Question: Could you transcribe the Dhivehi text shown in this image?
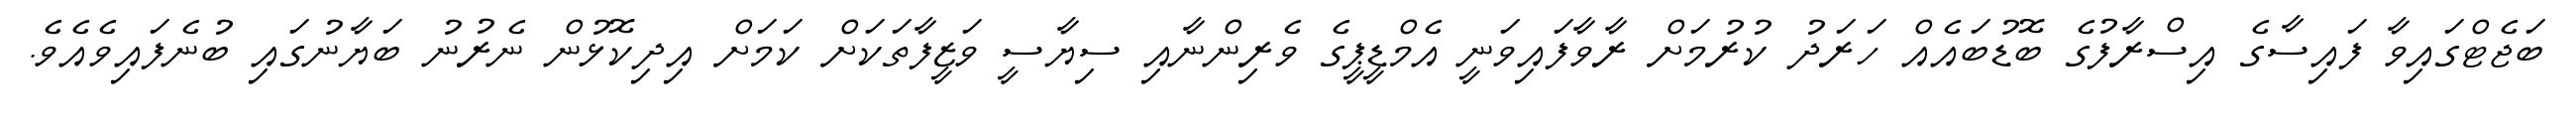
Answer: ބަޖެޓްގައިވާ ފައިސާގެ އިސްރާފުގެ ބޮޑުބައެއް ހަރަދު ކުރުމަށް ރާވާފައިވަނީ އެމްޑީޕީގެ ވެރިންނާއި ސިޔާސީ ވަޒީފާތަކަށް ކަމަށް އިދިކޮޅުން ނެރުނު ބަޔާނުގައި ބުނެފައިވެއެވެ.